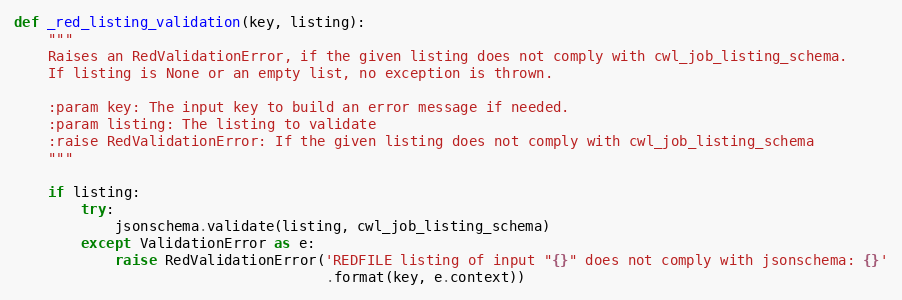
Language: Python
def _red_listing_validation(key, listing):
    """
    Raises an RedValidationError, if the given listing does not comply with cwl_job_listing_schema.
    If listing is None or an empty list, no exception is thrown.

    :param key: The input key to build an error message if needed.
    :param listing: The listing to validate
    :raise RedValidationError: If the given listing does not comply with cwl_job_listing_schema
    """

    if listing:
        try:
            jsonschema.validate(listing, cwl_job_listing_schema)
        except ValidationError as e:
            raise RedValidationError('REDFILE listing of input "{}" does not comply with jsonschema: {}'
                                     .format(key, e.context))